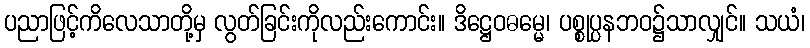
ပညာဖြင့်ကိလေသာတို့မှ လွတ်ခြင်းကိုလည်းကောင်း။ ဒိဋ္ဌေဝဓမ္မေ၊ ပစ္စုပ္ပနဘဝ၌သာလျှင်။ သယံ၊